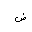
Letter: _dad